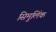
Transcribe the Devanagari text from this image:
सिमुलिंक